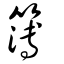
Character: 簿